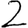
Digit: 2